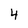
Character: 4